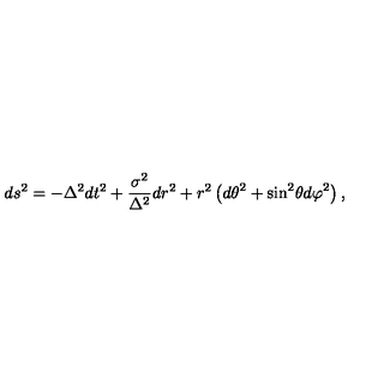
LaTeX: d s ^ { 2 } = - \Delta ^ { 2 } d t ^ { 2 } + \frac { \sigma ^ { 2 } } { \Delta ^ { 2 } } d r ^ { 2 } + r ^ { 2 } \left( { d \theta } ^ { 2 } + { \sin } ^ { 2 } \theta { d \varphi } ^ { 2 } \right) ,